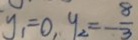
y _ { 1 } = 0 , y _ { 2 } = - \frac { 8 } { 3 }